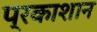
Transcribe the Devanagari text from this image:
प्रकाशान